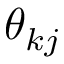
\theta _ { k j }